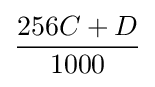
{\frac {256C+D}{1000}}